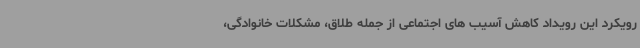
رویکرد این رویداد کاهش آسیب های اجتماعی از جمله طلاق، مشکلات خانوادگی،